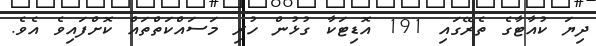
ދިޔަ ކުއާޓާގެ ތެރޭގައި 191 އޮޑިޓަކާ ގުޅުން ހުރި މަސައްކަތްތައް ކޮށްފައިވެ އެވެ.